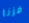
فزنا